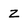
Character: Z